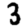
Digit: 3